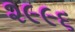
૨૯૯૬